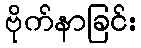
ဗိုက်နာခြင်း